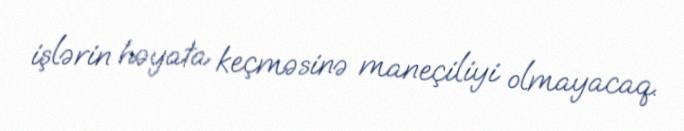
işlərin həyata keçməsinə maneçiliyi olmayacaq.